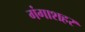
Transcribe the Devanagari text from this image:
गंगाशहर